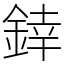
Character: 﨨